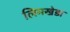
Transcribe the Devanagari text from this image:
लिमखेडा